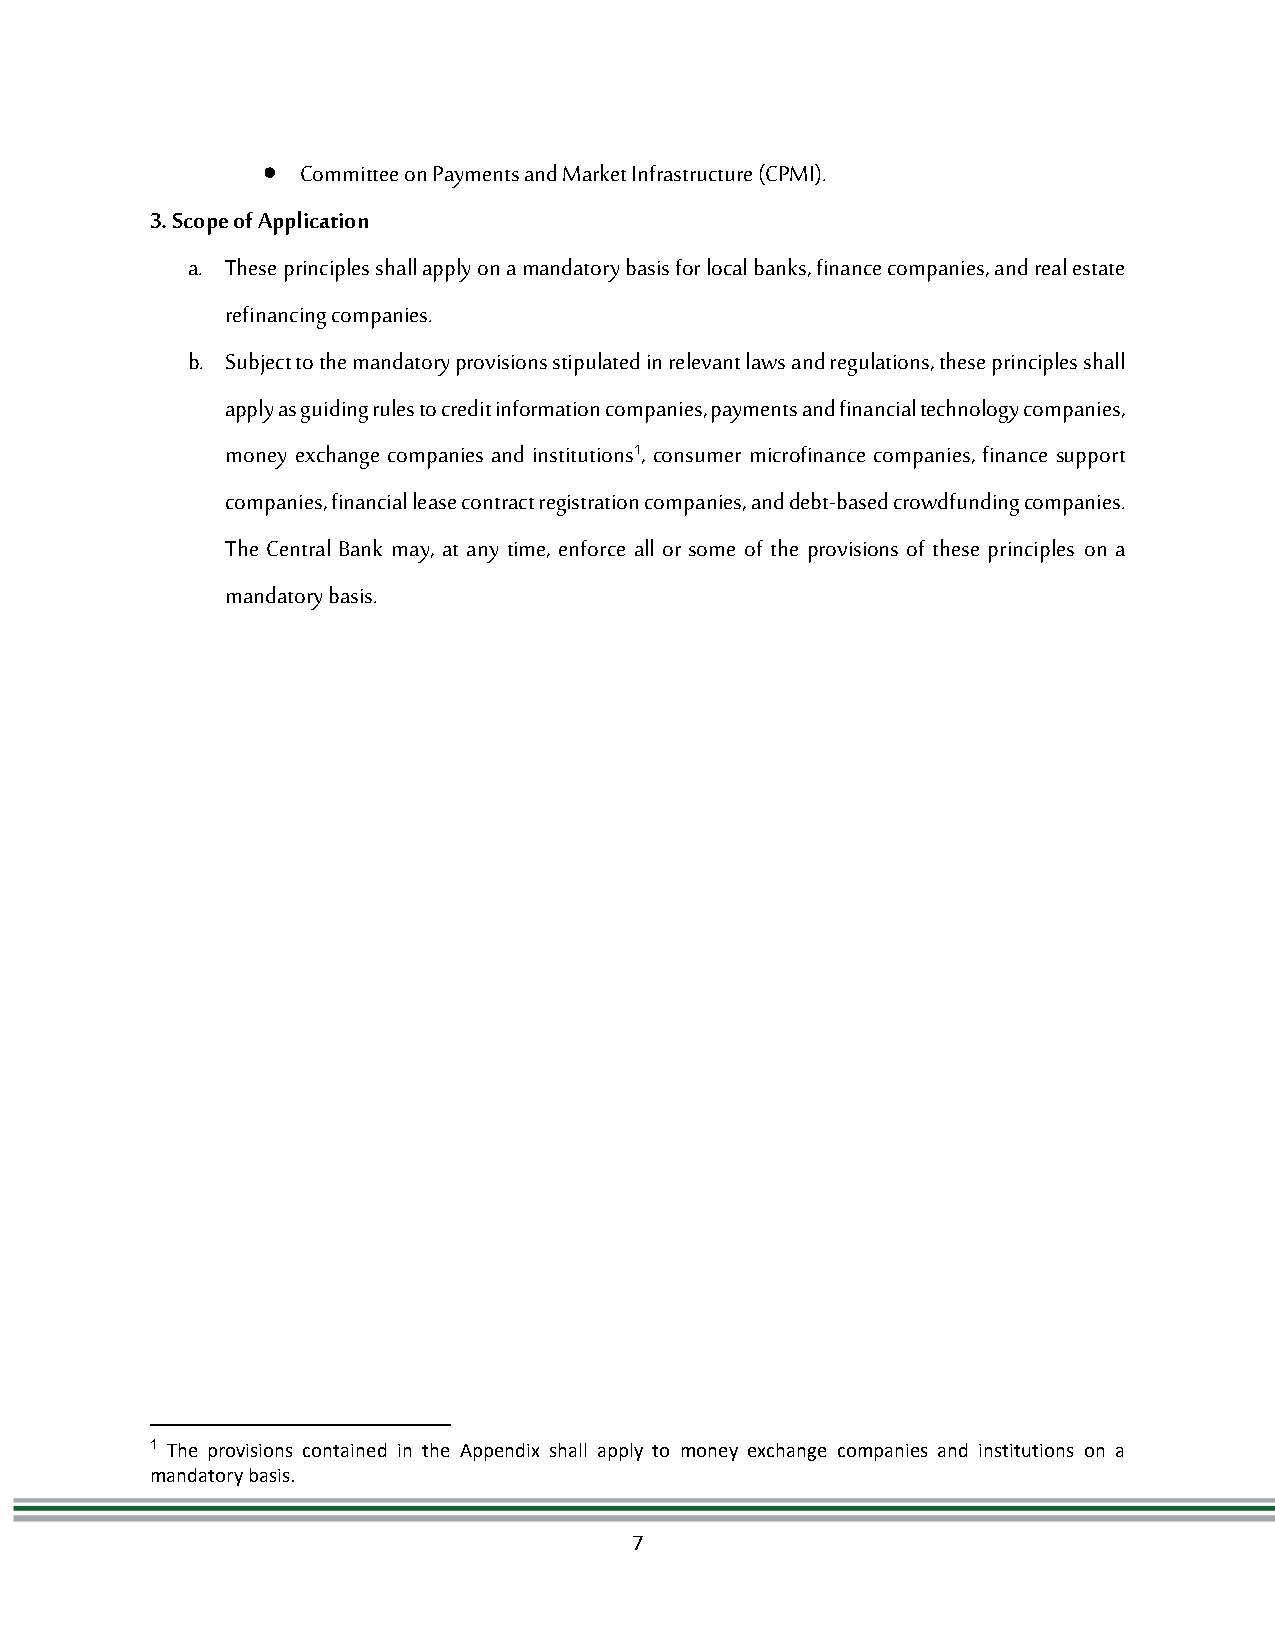
  Committee on Payments and Market Infrastructure (CPMI).
 3. Scope of Application
 a. These principles shall apply on a mandatory basis for local banks, finance companies, and real estate
 refinancing companies.
 b. Subject to the mandatory provisions stipulated in relevant laws and regulations, these principles shall
 apply as guiding rules to credit information companies, payments and financial technology companies,
 money exchange companies and institutions1, consumer microfinance companies, finance support
 companies, financial lease contract registration companies, and debt-based crowdfunding companies.
 The Central Bank may, at any time, enforce all or some of the provisions of these principles on a
 mandatory basis.
 1 The provisions contained in the Appendix shall apply to money exchange companies and institutions on a
 mandatory basis.
 7